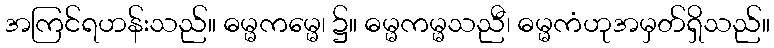
အကြင်ရဟန်းသည်။ ဓမ္မကမ္မေ၊ ၌။ ဓမ္မကမ္မသညီ၊ ဓမ္မကံဟုအမှတ်ရှိသည်။